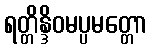
ရတ္တိန္ဒိဝမပ္ပမတ္တော